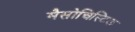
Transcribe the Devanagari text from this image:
मैसोचिस्टिक